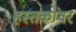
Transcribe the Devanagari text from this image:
हस्तकांवर